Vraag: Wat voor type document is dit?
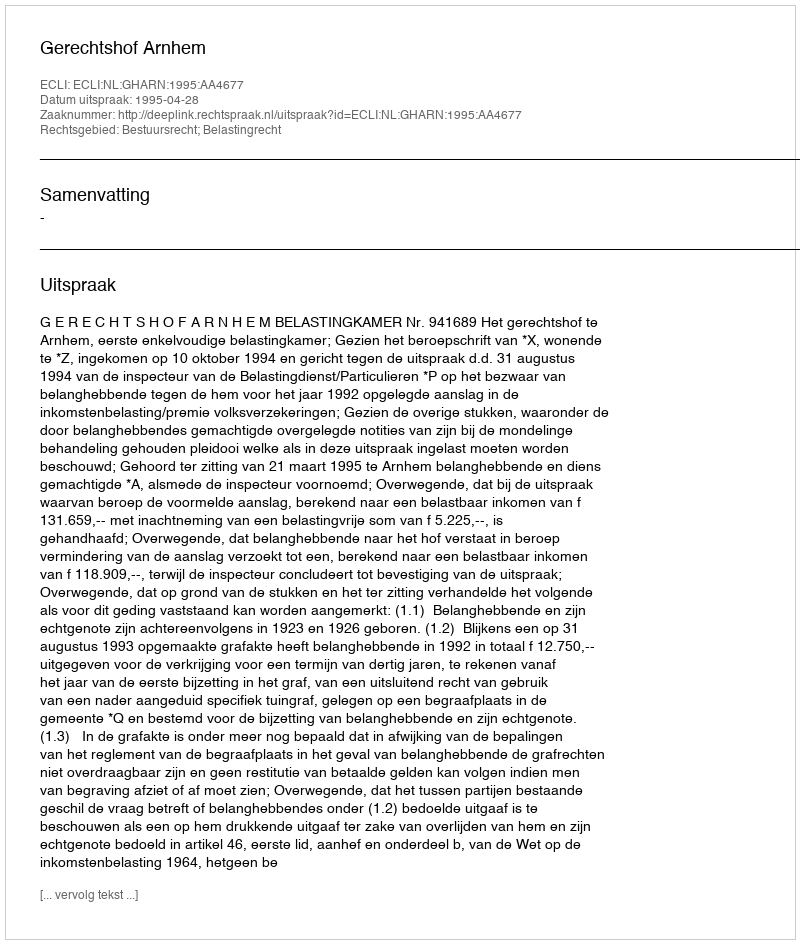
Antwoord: Uitspraak